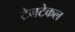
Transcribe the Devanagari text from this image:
टेनटेकल